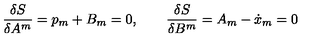
\frac { \delta S } { \delta A ^ { m } } = p _ { m } + B _ { m } = 0 , \qquad \frac { \delta S } { \delta B ^ { m } } = A _ { m } - \dot { x } _ { m } = 0